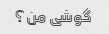
گوشی من؟